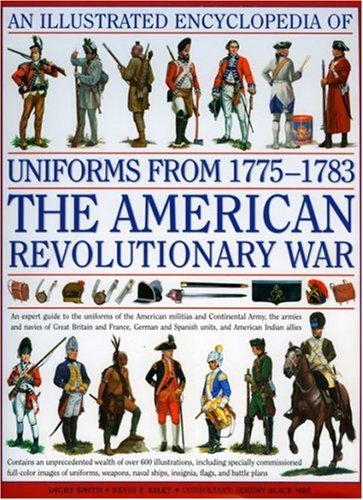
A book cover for An Illustrated History of Uniforms from 1775-1783: The American Revolutionary War; Kevin F. Kiley; History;